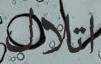
اتلال